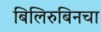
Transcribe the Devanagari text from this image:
बिलिरुबिनचा